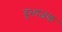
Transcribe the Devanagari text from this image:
दुभाजक